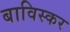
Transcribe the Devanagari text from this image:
बाविस्कर